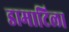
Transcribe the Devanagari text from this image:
डामाटिला